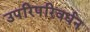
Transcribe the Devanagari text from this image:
उपरिपरिवर्धन